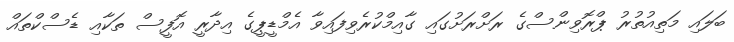
ބަލައި މަތިއުތުރު ޕްރޮވިންސްގެ ރަށްރަށުގައި ގާއިމްކުރެވިފައިވާ އެމްޑީޕީގެ އިދާރީ އޮފީސް ތަކާއި ޑެސްކްތައް